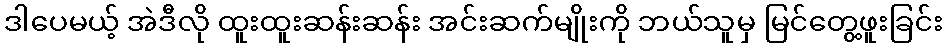
ဒါပေမယ့် အဲဒီလို ထူးထူးဆန်းဆန်း အင်းဆက်မျိုးကို ဘယ်သူမှ မြင်တွေ့ဖူးခြင်း